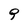
Character: 9